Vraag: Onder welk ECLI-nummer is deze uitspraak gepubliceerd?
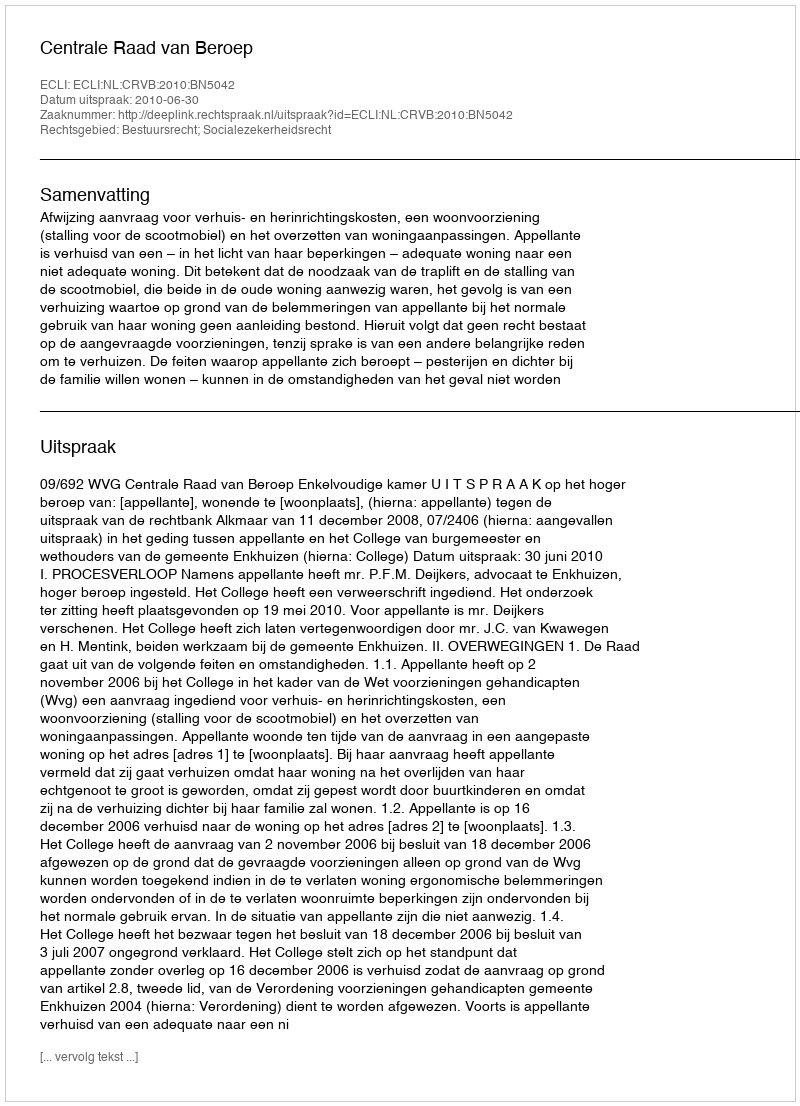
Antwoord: ECLI:NL:CRVB:2010:BN5042